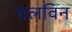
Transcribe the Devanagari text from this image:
घलविन